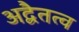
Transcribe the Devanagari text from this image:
अद्वैतत्व